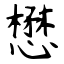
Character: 懋